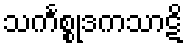
သင်္ကစ္စုဒကသာဋိ